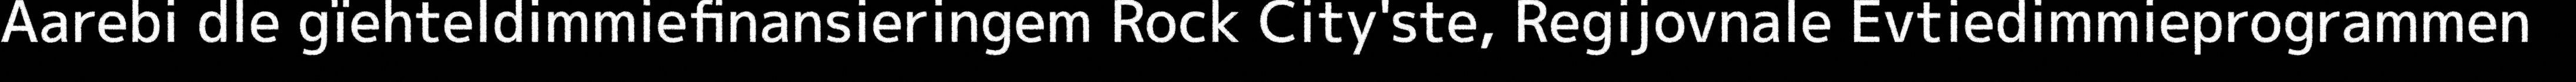
Aarebi dle gïehteldimmiefinansieringem Rock City'ste, Regijovnale Evtiedimmieprogrammen